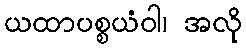
ယထာပစ္စယံဝါ၊ အလို